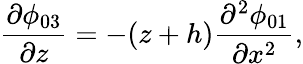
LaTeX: \frac{\partial\phi_{03}}{\partial z}=-(z+h)\frac{\partial^{2}\phi_{01}}{\partial x^{2}},